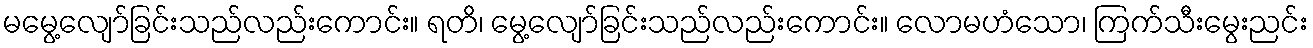
မမွေ့လျော်ခြင်းသည်လည်းကောင်း။ ရတိ၊ မွေ့လျော်ခြင်းသည်လည်းကောင်း။ လောမဟံသော၊ ကြက်သီးမွေးညင်း